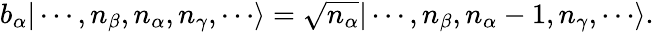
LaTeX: b_{\alpha}|\cdots,n_{\beta},n_{\alpha},n_{\gamma},\cdots\rangle={\sqrt{n_{\alpha}}}|\cdots,n_{\beta},n_{\alpha}-1,n_{\gamma},\cdots\rangle.